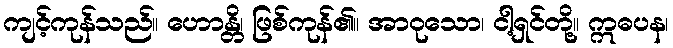
ကျင့်ကုန်သည်။ ဟောန္တိ၊ ဖြစ်ကုန်၏။ အာဝုသော၊ ငါ့ရှင်တို့။ ဣဓပန၊